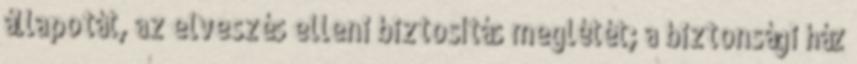
állapotát, az elveszés elleni biztosítás meglétét; a biztonsági ház